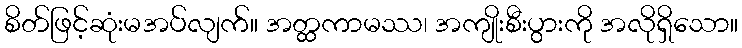
စိတ်ဖြင့်ဆုံးမအပ်လျက်။ အတ္ထကာမဿ၊ အကျိုးစီးပွားကို အလိုရှိသော။